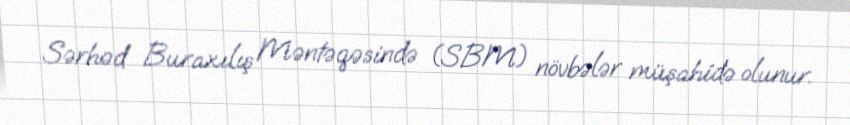
Sərhəd Buraxılış Məntəqəsində (SBM) növbələr müşahidə olunur.